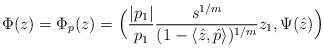
LaTeX: \begin{align*}\Phi(z) = \Phi_p(z) = \Big( \frac{|p_1|}{p_1} \frac{s^{1/m}}{ (1-\langle\hat{z},\hat{p} \rangle )^{1/m} } z_1, \Psi(\hat{z}) \Big)\end{align*}